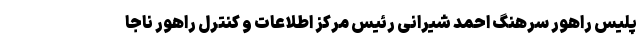
پلیس راهور سرهنگ احمد شیرانی رئیس مرکز اطلاعات و کنترل راهور ناجا